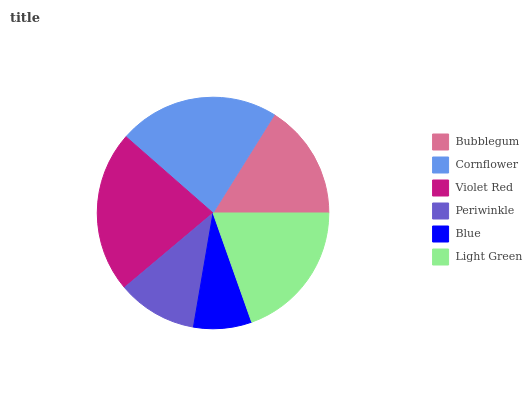
| Bubblegum | Cornflower | Violet Red | Periwinkle | Blue | Light Green |
 | --- | --- | --- | --- | --- | --- |
 | 16.1% | 22.4% | 22.6% | 11.2% | 8.12% | 19.6% |